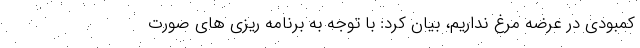
کمبودی در عرضه مرغ نداریم، بیان کرد: با توجه به برنامه ریزی های صورت